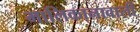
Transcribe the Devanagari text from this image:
मालिकानावाली